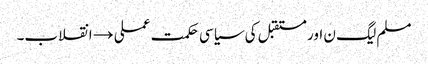
مسلم لیگ ن اور مستقبل کی سیاسی حکمت عملی →	انقلاب۔